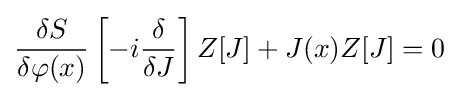
{\frac {\delta S}{\delta \varphi (x)}}\left[-i{\frac {\delta }{\delta J}}\right]Z[J]+J(x)Z[J]=0